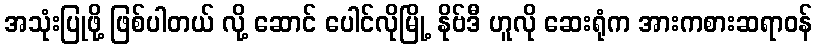
အသုံးပြုဖို့ ဖြစ်ပါတယ် လို့ ဆောင် ပေါင်လိုမြို့ နိုဗ်ဒီ ဟူလို ဆေးရုံက အားကစားဆရာဝန်